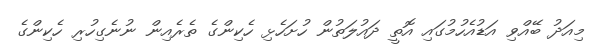
މިއަދު ބޭއްވި އަޑުއެހުމުގައި އޮތީ ދައުލަތުން ހުށަހެޅި ހެކިންގެ ތެރެއިން ނުނެގިހުރި ހެކިންގެ